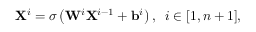
\mathbf { X } ^ { i } = \sigma \left( \mathbf { W } ^ { i } \mathbf { X } ^ { i - 1 } + \mathbf { b } ^ { i } \right) , \; \; i \in [ 1 , n + 1 ] ,